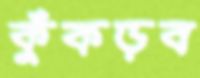
কুঁকড়ব